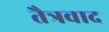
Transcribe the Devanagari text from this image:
तैत्रवाद